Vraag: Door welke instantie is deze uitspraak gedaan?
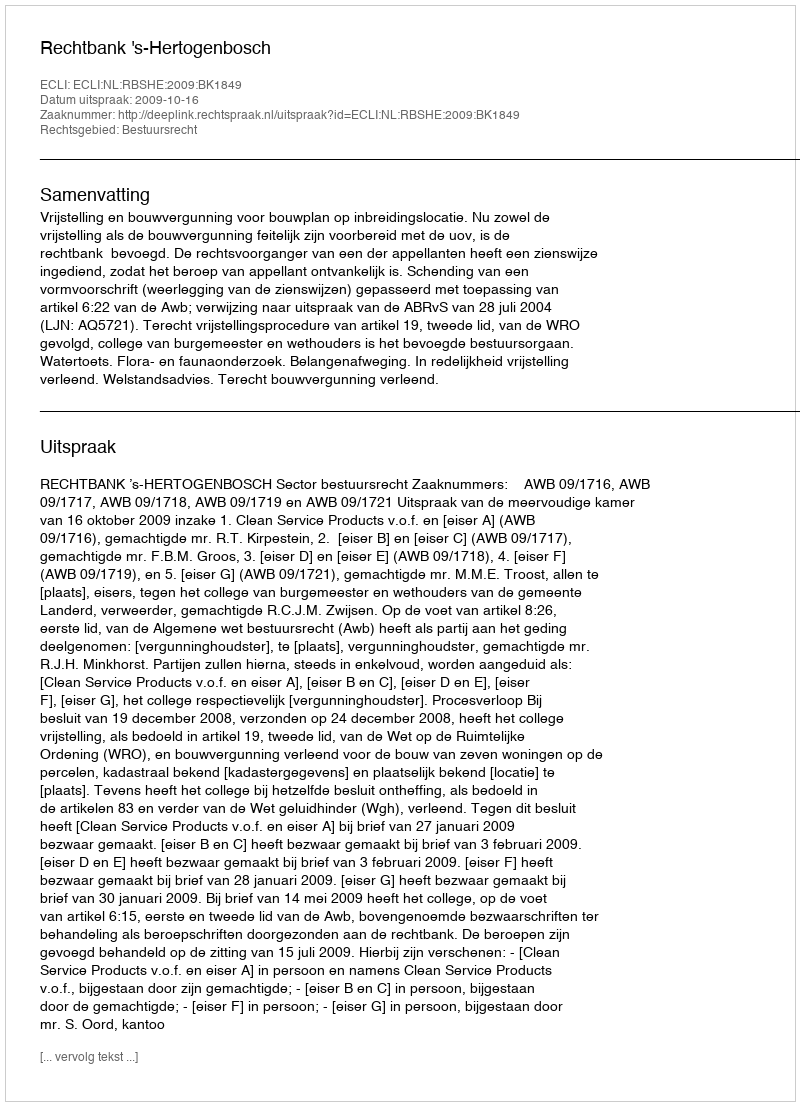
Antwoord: Rechtbank 's-Hertogenbosch